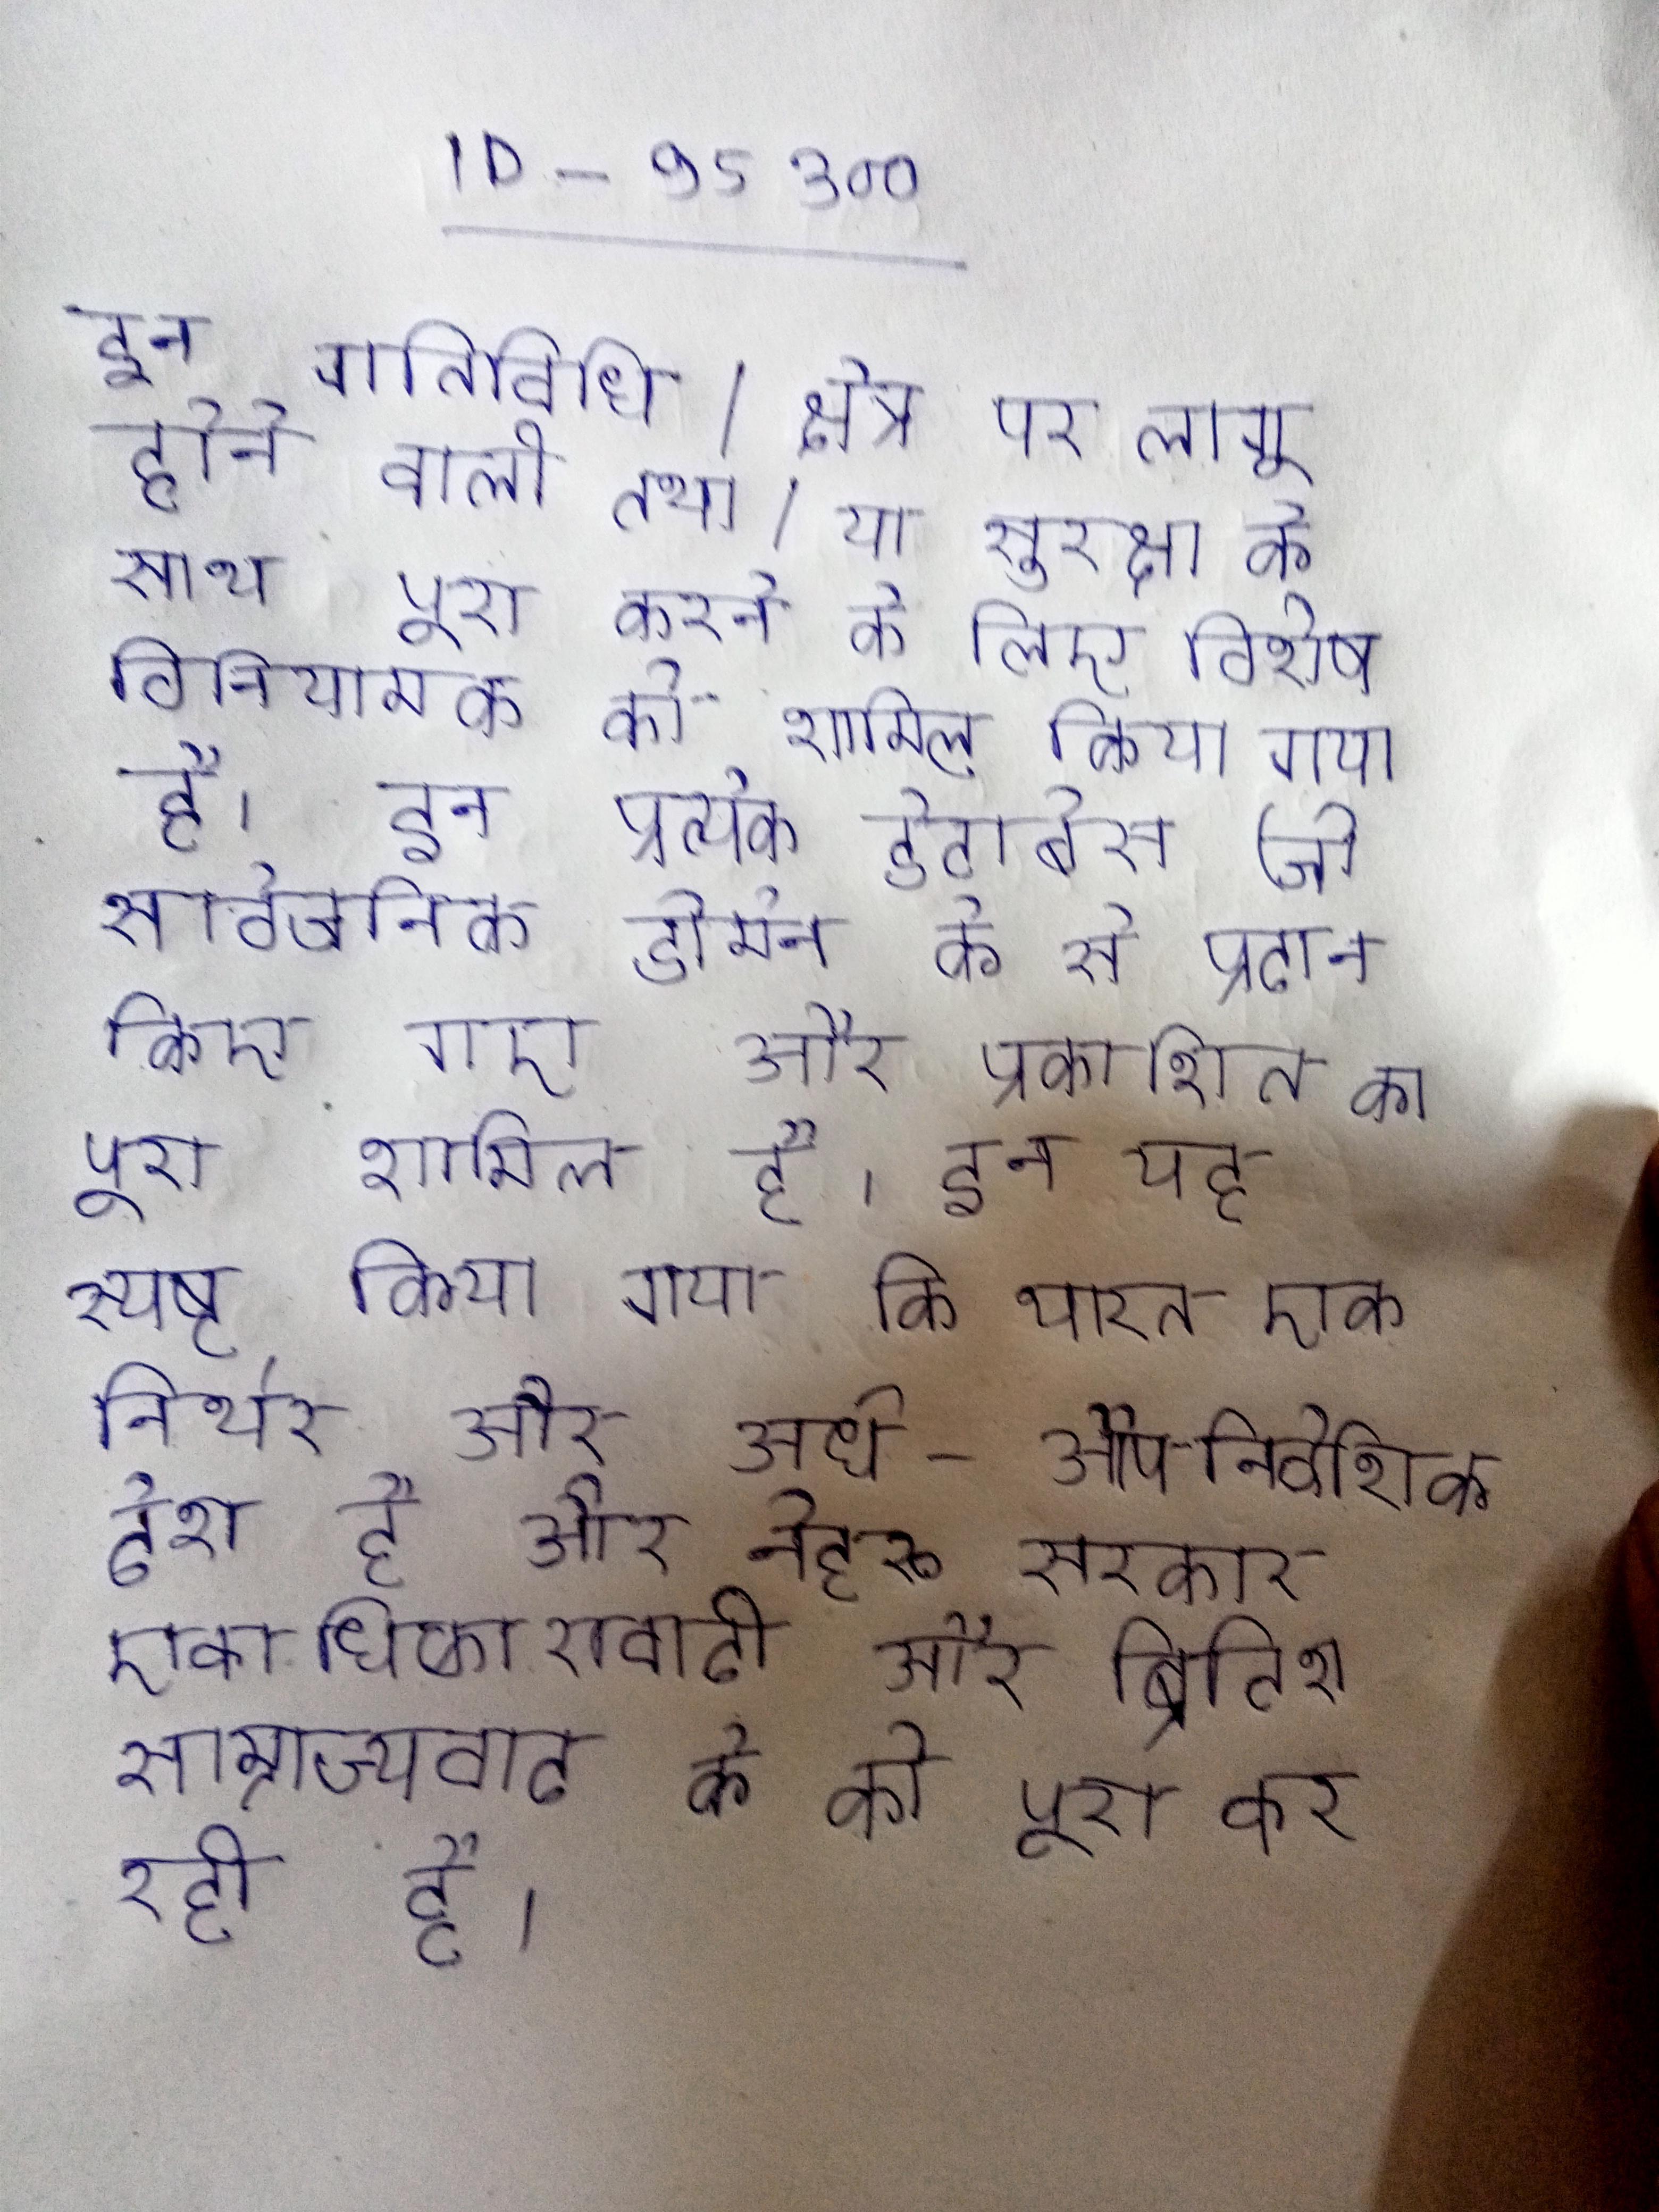
इन गतिविधि/क्षेत्र पर लागू होने वाली तथा/या सुरक्षा के साथ पूरा करने के लिए विशेष विनियामक को शामिल किया गया है । इन प्रत्येक डेटाबेस (जो सार्वजनिक डोमेन के से प्रदान किए गए और प्रकाशित का पूरा शामिल है । इन यह स्पष्ट किया गया कि भारत एक निर्भर और अर्ध-औपनिवेशिक देश है और नेहरू सरकार एकाधिकारवादी और ब्रिटिश साम्राज्यवाद के को पूरा कर रही है ।